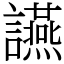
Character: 讌